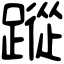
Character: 蹤